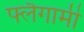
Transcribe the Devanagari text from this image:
फ्लैगामी